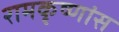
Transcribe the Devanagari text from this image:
रामकृष्णांस